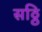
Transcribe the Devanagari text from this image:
सठ्ठि